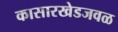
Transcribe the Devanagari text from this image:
कासारखेडजवळ